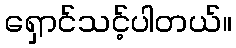
ရှောင်သင့်ပါတယ်။